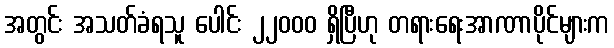
အတွင်း အသတ်ခံရသူ ပေါင်း ၂၂၀၀၀ ရှိပြီဟု တရားရေးအာဏာပိုင်များက